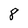
Character: 8